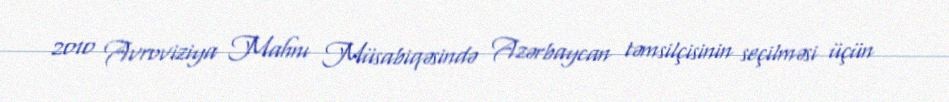
2010 Avroviziya Mahnı Müsabiqəsində Azərbaycan təmsilçisinin seçilməsi üçün